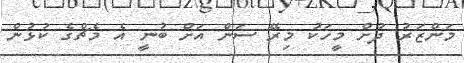
މަންޒަރު ދުށް މީހަކު މިރޭ ސަން އަށް ބުނީ އެ މެޗްގެ ކުޅުން